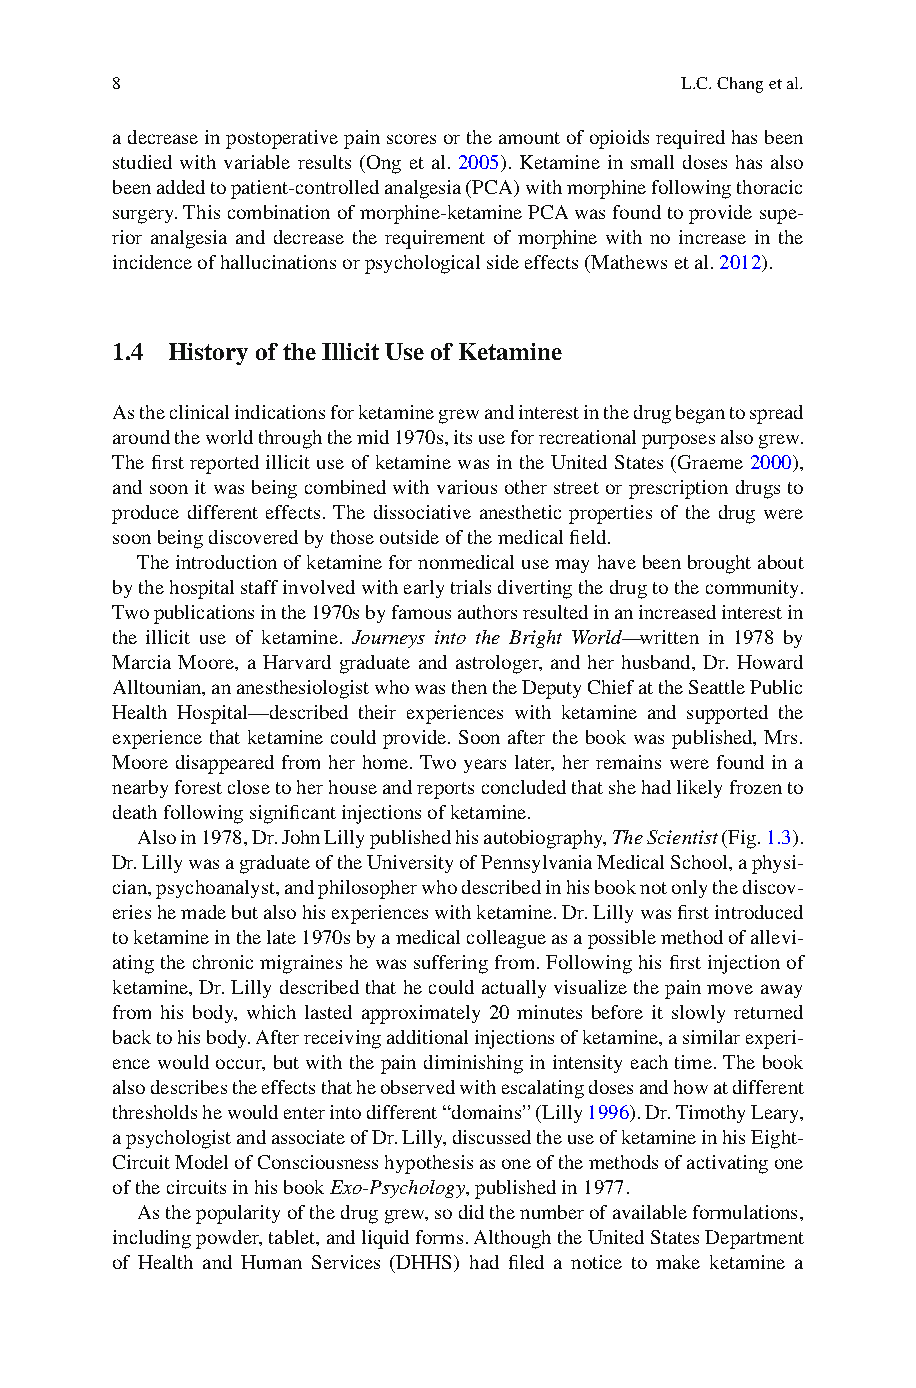
8                                     L.C. Chang et al.
 a decrease in postoperative pain scores or the amount of opioids required has been
 studied with variable results (Ong et al. 2 005 ). Ketamine in small doses has also
 been added to patient-controlled analgesia (PCA) with morphine following thoracic
 surgery. This combination of morphine-ketamine PCA was found to provide supe-
 rior analgesia and decrease the requirement of morphine with no increase in the
 incidence of hallucinations or psychological side effects (Mathews et al. 2 012 ).
 1.4 History of the Illicit Use of Ketamine
 A s the clinical indications for ketamine grew and interest in the drug began to spread
 around the world through the mid 1970s, its use for recreational purposes also grew.
 The fi rst reported illicit use of ketamine was in the United States (Graeme 2000 ),
 and soon it was being combined with various other street or prescription drugs to
 produce different effects. The dissociative anesthetic properties of the drug were
 soon being discovered by those outside of the medical fi eld.
 T he introduction of ketamine for nonmedical use may have been brought about
 by the hospital staff involved with early trials diverting the drug to the community.
 Two publications in the 1970s by famous authors resulted in an increased interest in
 the illicit use of ketamine. Journeys into the Bright World—w ritten in 1978 by
 Marcia Moore, a Harvard graduate and astrologer, and her husband, Dr. Howard
 Alltounian, an anesthesiologist who was then the Deputy Chief at the Seattle Public
 Health Hospital—described their experiences with ketamine and supported the
 experience that ketamine could provide. Soon after the book was published, Mrs.
 Moore disappeared from her home. Two years later, her remains were found in a
 nearby forest close to her house and reports concluded that she had likely frozen to
 death following signifi cant injections of ketamine.
 A lso in 1978, Dr. John Lilly published his autobiography, T he Scientist (Fig. 1.3 ).
 Dr. Lilly was a graduate of the University of Pennsylvania Medical School, a physi-
 cian, psychoanalyst, and philosopher who described in his book not only the discov-
 eries he made but also his experiences with ketamine. Dr. Lilly was fi rst introduced
 to ketamine in the late 1970s by a medical colleague as a possible method of allevi-
 ating the chronic migraines he was suffering from. Following his fi rst injection of
 ketamine, Dr. Lilly described that he could actually visualize the pain move away
 from his body, which lasted approximately 20 minutes before it slowly returned
 back to his body. After receiving additional injections of ketamine, a similar experi-
 ence would occur, but with the pain diminishing in intensity each time. The book
 also describes the effects that he observed with escalating doses and how at different
 thresholds he would enter into different “domains” (Lilly 1 996) . Dr. Timothy Leary,
 a psychologist and associate of Dr. Lilly, discussed the use of ketamine in his Eight-
 Circuit Model of Consciousness hypothesis as one of the methods of activating one
 of the circuits in his book E xo-Psychology , published in 1977.
 A s the popularity of the drug grew, so did the number of available formulations,
 including powder, tablet, and liquid forms. Although the United States Department
 of Health and Human Services (DHHS) had fi led a notice to make ketamine a